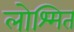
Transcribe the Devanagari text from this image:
लोश्मित